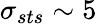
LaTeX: \sigma_{sts}\sim 5